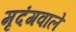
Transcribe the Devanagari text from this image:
मृदंगवाले